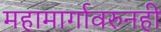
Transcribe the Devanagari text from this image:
महामार्गावरुनही